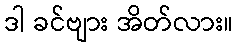
ဒါ ခင်ဗျား အိတ်လား။